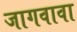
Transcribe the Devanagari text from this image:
जागवावा